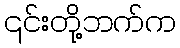
၎င်းတို့ဘက်က